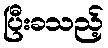
ပြီးခသည့်